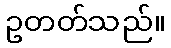
ဥတတ်သည်။